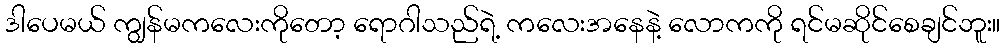
ဒါပေမယ် ကျွန်မကလေးကိုတော့ ရောဂါသည်ရဲ့ ကလေးအနေနဲ့ လောကကို ရင်မဆိုင်စေချင်ဘူး။